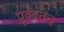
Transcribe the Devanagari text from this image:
पूर्ववतच